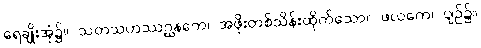
ရေချိုးအုံ၌။ သတသဟဿဂ္ဃနကေ၊ အဖိုးတစ်သိန်းထိုက်သော။ ဖလကေ၊ ပျဉ်၌။